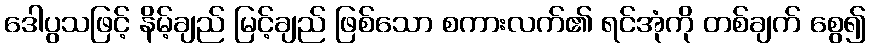
ဒေါပွသဖြင့် နိမ့်ချည် မြင့်ချည် ဖြစ်သော စကားလက်၏ ရင်အုံကို တစ်ချက် စွေ၍